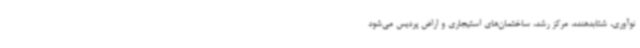
نوآوری، شتابدهنده، مرکز رشد، ساختمان‌های استیجاری و اراض پردیس می‌شود